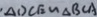
\Delta D C E \sim \Delta B C A